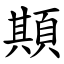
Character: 䫏